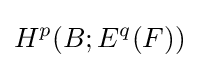
H^{p}(B;E^{q}(F))